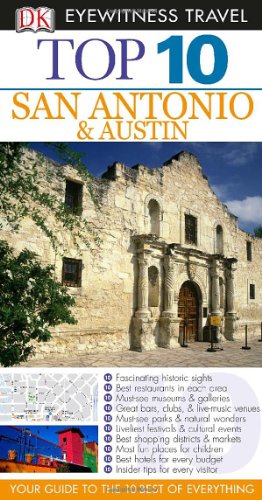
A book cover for Top 10 San Antonio and Austin (Eyewitness Top 10 Travel Guide); Paul Franklin; Travel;